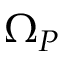
\Omega _ { P }